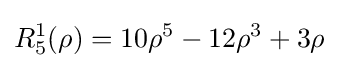
R_{5}^{1}(\rho )=10\rho ^{5}-12\rho ^{3}+3\rho